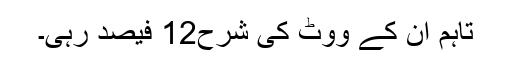
تاہم ان کے ووٹ کی شرح12 فیصد رہی۔